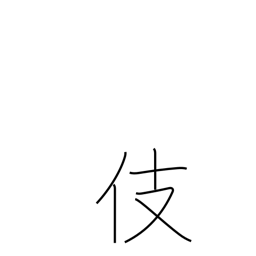
Meaning: skill